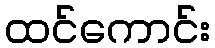
ထင်ကောင်း